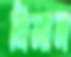
মিসাল